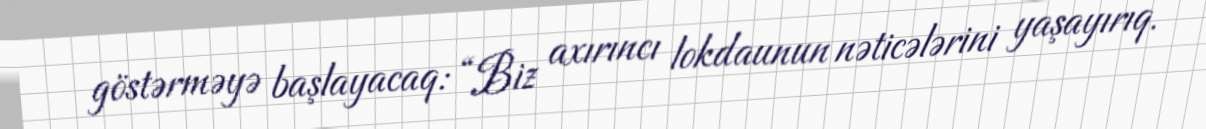
göstərməyə başlayacaq: “Biz axırıncı lokdaunun nəticələrini yaşayırıq.